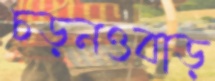
চড়নওবাড়